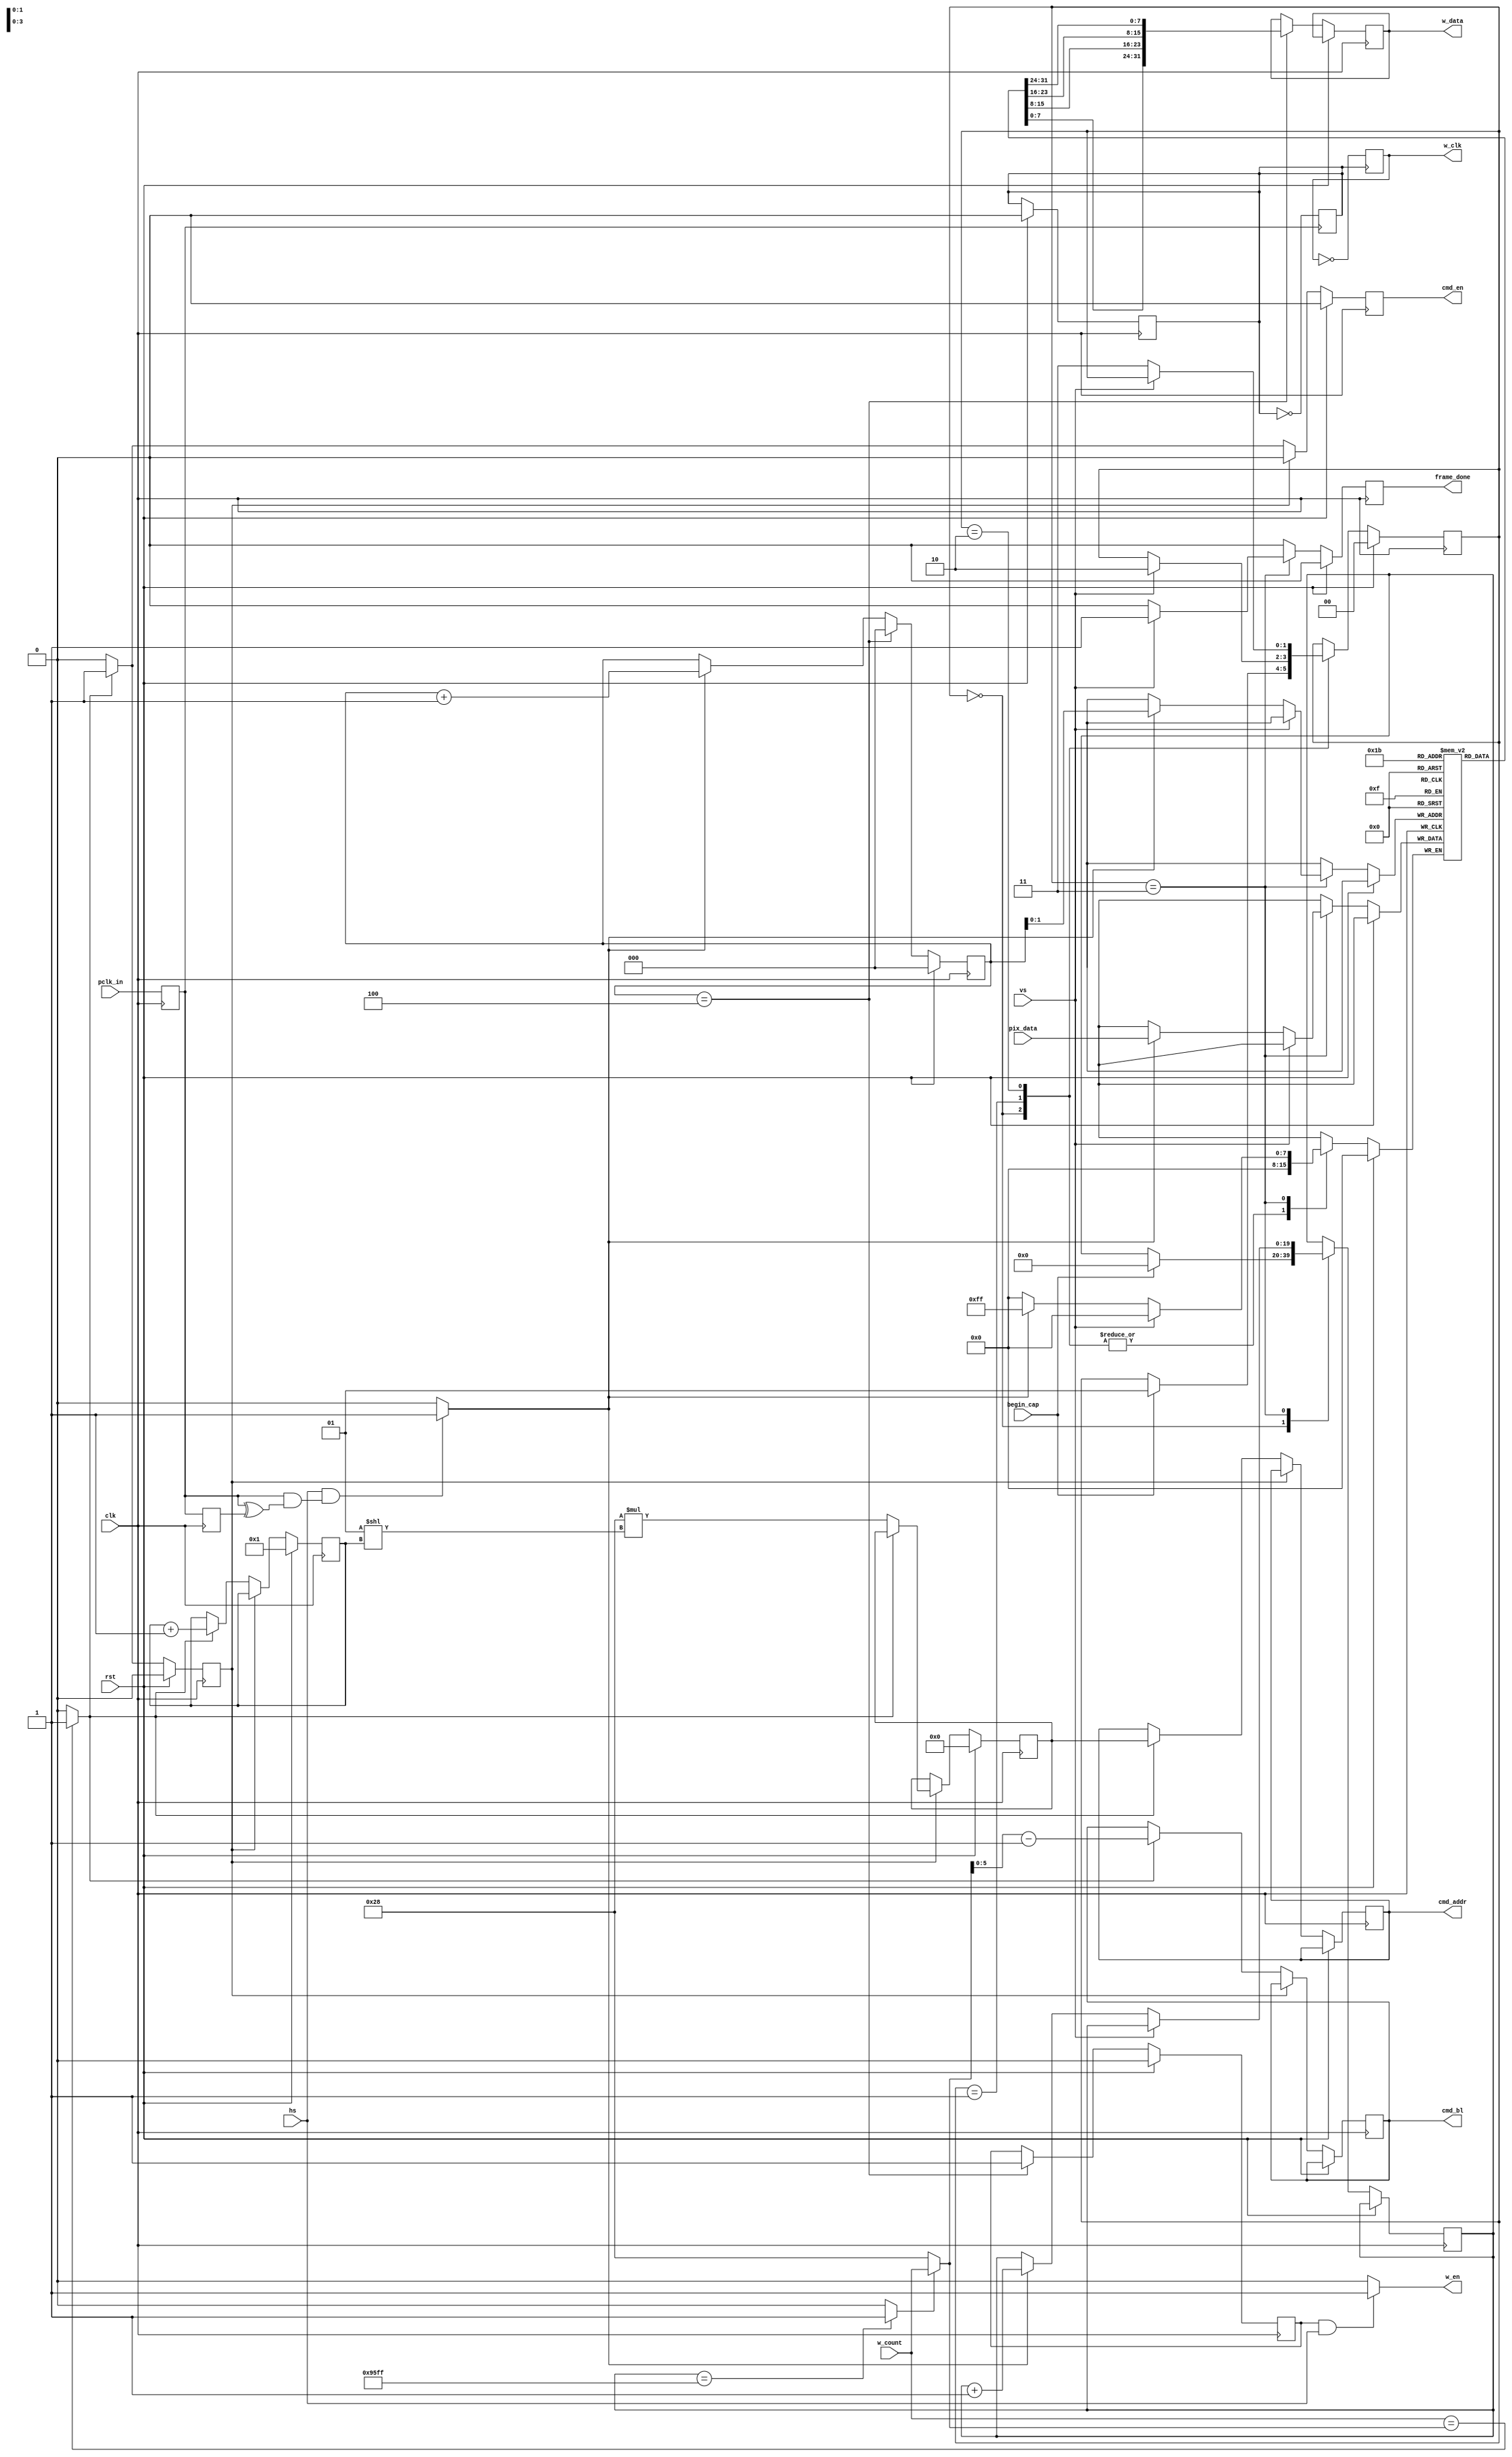

module frame_capture#(
			parameter H_RES = 160,               
 			parameter V_RES = 120     
		)
	(   
		input wire clk,
		input wire rst,	
		input wire begin_cap,
		output reg frame_done,
	
		//camera signals
		input wire hs,
		input wire vs,
		input wire pclk_in,
		input wire [7:0] pix_data,     

		//ram write fifo signals
		output reg w_clk,	
		output wire w_en,		
		output reg [31:0] w_data,
		input wire [6:0] w_count,
	
		//ram command fifo signals	
		output reg cmd_en,
		output reg [5:0] cmd_bl,
		output reg [29:0] cmd_addr
           
	 );




parameter IDLE = 2'd0,
	  START = 2'd1,
	  WAIT = 2'd2,
	  DATA = 2'd3,
	  W_LOAD = 1'b0,
	  W_WAIT = 1'b1,
	  BURST = 40;


reg [1:0] state;
reg w_state;

reg prev_pclk;
reg [2:0] loc;
reg [7:0] pix_buff[0:3];
reg start_en;
reg pclk,pclk_4;
reg dec_burst;		

reg [29:0] cmd_addr_new;
reg [9:0] c_count;
reg [1:0] ctr;
reg [19:0] pix_count;


wire [6:0] burst;

assign latch_data = (hs && (pclk && (pclk ^ prev_pclk))) ? 1'b1 : 1'b0;		

assign w_en = (start_en && hs) ? 1'b1 : 1'b0;	

assign w_almost_full = (w_count == burst) ? 1'b1 : 1'b0;

assign rem_burst = (pix_count == (2*H_RES*V_RES - 1)) ? 1'b1 : 1'b0;

assign burst = (rem_burst) ? w_count : BURST;








always @(posedge clk) begin

pclk <= pclk_in;					
prev_pclk <= pclk;
frame_done <= 1'b0;

if(rst)				
state <= IDLE;

else
case(state)

	IDLE:	
		if(begin_cap) begin

		pix_count <= 20'd0;
		state <= START;
		
		end
	START:	
		if(vs)                           
		state <= WAIT;

	WAIT:	
		if(!vs)
		state <= DATA;

	DATA:	
		begin

		if(!vs) begin

			if(latch_data) begin						
			
			pix_buff[loc] <= pix_data;
			pix_count <= pix_count + 1'b1;
	
			end

		end
	
		else begin

		frame_done <= 1'b1;
		

		end

		end


endcase

end


always @(posedge clk) begin

if(rst)  begin		

loc <= 3'd0;
start_en <= 1'b0;

end


else begin

	if(latch_data)
	loc <= loc + 1'b1;

	if(loc == 3'd4) begin

	w_data <= {pix_buff[3],pix_buff[2],pix_buff[1],pix_buff[0]};
	loc <= 3'd0;
	start_en <= 1'b1;

	end
end

end




always @(posedge clk) begin	

cmd_en <= 1'b0;

if(rst) begin

cmd_addr_new <= 30'h0;	
c_count <= 10'd1;	
w_state <= W_LOAD;
dec_burst <= 1'b0;
pclk_4 <= 1'b0;

end

else
case(w_state)


	
	W_LOAD:	
		
		if(w_almost_full) begin

		cmd_en <= 1'b1;
		cmd_bl <= burst - 1;		
		cmd_addr <= cmd_addr_new;
		w_state <= W_WAIT;
		c_count <= c_count + 1'b1;

		end

	W_WAIT:	
		if(!w_almost_full) begin
			
		dec_burst <= ~dec_burst;		
		cmd_addr_new <= BURST*(2**c_count);
		w_state <= W_LOAD;
			
		end

endcase

end



//ram write_clock gen. 4 pclk's for one w_data packet
always @(posedge pclk)
pclk_4 <= ~pclk_4;

always @(posedge pclk_4)
w_clk <= ~w_clk;




endmodule